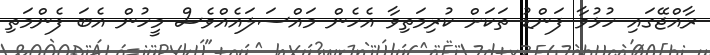
ރާއްޖޭގައި ހުޅުވާ ފަންޑު ތަކަށް ކުރިމަތިވާ އެހެން މައްސަލައެއްވެސް މީހުން އެބަ ފެންމަތި